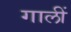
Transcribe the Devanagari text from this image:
गालीं